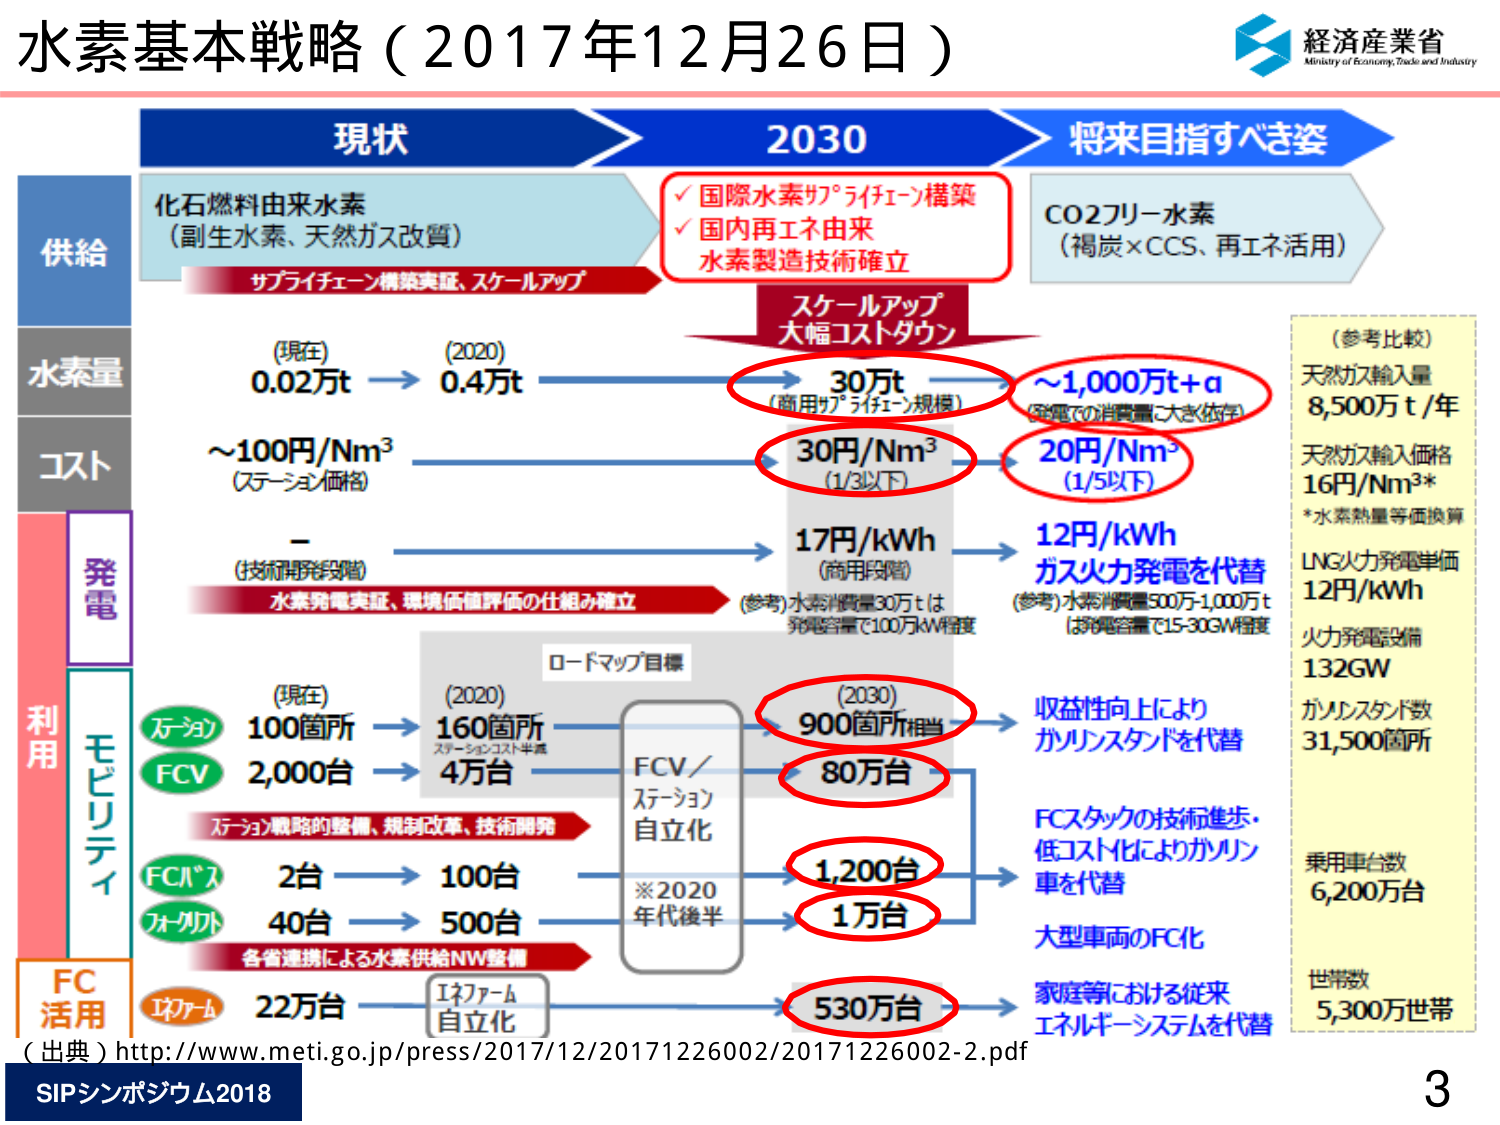
水素基本戦略（2017年12月26日）

経済産業省
Ministry of Economy, Trade and Industry

現状 → 2030 → 将来目指すべき姿

供給
化石燃料由来水素
（副生水素、天然ガス改質）
サプライチェーン構築実証、スケールアップ

✓ 国際水素サプライチェーン構築
✓ 国内再生エネ由来
水素製造技術確立

スケールアップ
大幅コストダウン

水素量
（現在）0.02万t → （2020）0.4万t → 30万t（商用サプライチェーン規模） → ～1,000万t+a（発電での消費量に大きく依存）

コスト
～100円/Nm³（ステーション価格） → 30円/Nm³（1/3以下） → 20円/Nm³（1/5以下）

発電
- （技術開発段階）水素発電実証、環境価値評価の仕組み確立
→ 17円/kWh（商用段階） → 12円/kWh ガス火力発電を代替
（参考）水素消費量30万tは発電容量で100万kW程度
（参考）水素消費量500万-1,000万tは発電容量で15-30GW程度

利用
モビリティ
（現在）100箇所 → （2020）160箇所（ステーションコスト半減） → （2030）900箇所相当
FCV 2,000台 → 4万台 → 80万台
ロードマップ目標
FCV／ステーション 自立化
※2020年代後半

万→ジョ→戦略の整備、規制改革、技術開発

FCバス 2台 → 100台
フォルクス 40台 → 500台

各省連携による水素供給NW整備
Iネクアーム 自立化

FC活用
Iネクアーム 22万台 → 530万台

（参考比較）
天然ガス輸入量 8,500万t/年
天然ガス輸入価格 16円/Nm³*
*水素熱量等価換算
LNG火力発電単価 12円/kWh
火力発電設備 132GW
ガソリンスタンド数 31,500箇所
乗用車台数 6,200万台
世帯数 5,300万世帯

収益性向上により ガソリンスタンドを代替
FCスタックの技術進歩・低コスト化によりガソリン車を代替
大型車両のFC化
家庭等における従来エネルギー・システムを代替

（出典）http://www.meti.go.jp/press/2017/12/20171226002/20171226002-2.pdf

SIPシンポジウム2018
3